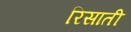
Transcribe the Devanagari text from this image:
रिसाती